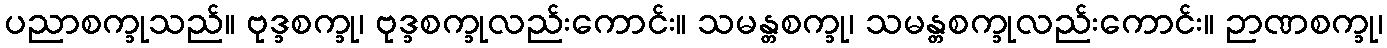
ပညာစက္ခုသည်။ ဗုဒ္ခစက္ခု၊ ဗုဒ္ခစက္ခုလည်းကောင်း။ သမန္တစက္ခု၊ သမန္တစက္ခုလည်းကောင်း။ ဉာဏစက္ခု၊